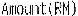
AMOUNT(RM)